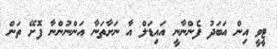
ޓީވީ އިން އަބަދު ފެންނާނީ އައިޑަލް އާ ނަށާތަނާ އަންނުންނާ ފޮށޭ ތަން